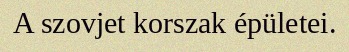
A szovjet korszak épületei.